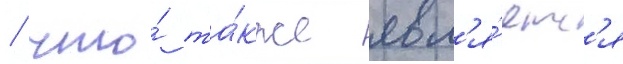
/ что́ та́кже явл'я́етс'я